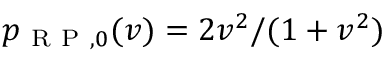
p _ { \mathrm { ~ R ~ P ~ } , 0 } ( v ) = 2 v ^ { 2 } / ( 1 + v ^ { 2 } )